Vaccination in Bombay 1874-1876 - 1874-1876
Year: 1874
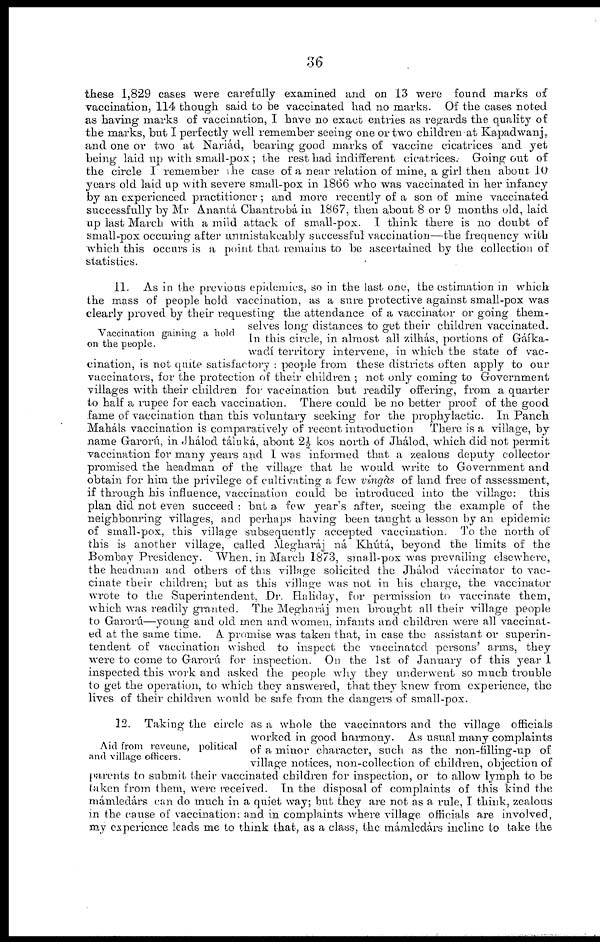
36
these 1,829 cases were carefully examined and on 13 were found marks of
vaccination, 114 though said to be vaccinated had no marks. Of the cases noted
as having marks of vaccination, I have no exact entries as regards the quality of
the marks, but I perfectly well remember seeing one or two children at Kapadwanj,
and one or two at Nariád, bearing good marks of vaccine cicatrices and yet
being laid up with small-pox ; the rest had indifferent cicatrices. Going out of
the circle I remember the case of a near relation of mine, a girl then about 10
years old laid up with severe small-pox in 1866 who was vaccinated in her infancy
by an experienced practitioner ; and more recently of a son of mine vaccinated
successfully by Mr Anantá Chantrobá in 1867, then about 8 or 9 months old, laid
up last March with a mild attack of small-pox. I think there is no doubt of
small-pox occuring after unmistakeably successful vaccination—the frequency with
which this occurs is a point that remains to be ascertained by the collection of
statistics.
Vaccination gaining a bold
on the people.
11. As in the previous epidemics, so in the last one, the estimation in which
the mass of people hold vaccination, as a sure protective against small-pox was
clearly proved by their requesting the attendance of a vaccinator or going them-
selves long distances to get their children vaccinated.
In this circle, in almost all zilhás, portions of Gáíka¬
wadí territory intervene, in which the state of vac-
cination, is not quite satisfactory : people from these districts often apply to our
vaccinators, for the protection of their children ; not only coming to Government
villages with their children for vaccination but readily offering, from a quarter
to half a rupee for each vaccination. There could be no better proof of the good
fame of vaccination than this voluntary seeking for the prophylactic. In Panch
Maháls vaccination is comparatively of recent introduction
There is a village, by
name Garorú, in Jhálod táluká, about 2½ kos north of Jhálod, which did not permit
vaccination for many years and I was informed that a zealous deputy collector
promised the headman of the village that he would write to Government and
obtain for him the privilege of cultivating a few vingàs of land free of assessment,
if through his influence, vaccination could be introduced into the village: this
plan did not even succeed : but a few year's after, seeing the example of the
neighbouring villages, and perhaps having been taught a lesson by an epidemic
of small-pox, this village subsequently accepted vaccination. To the north of
this is another village, called Megharáj ná Khútá, beyond the limits of the
Bombay Presidency. When, in March 1873, small-pox was prevailing elsewhere,
the headman and others of this village solicited the Jhálod váccinator to vac-
cinate their children; but as this village was not in his charge, the vaccinator
wrote to the Superintendent, Dr. Haliday, for permission to vaccinate them,
which was readily granted. The Megharáj men brought all their village people
to Garorú—young and old men and women, infants and children were all vaccinat-
ed at the same time. A promise was taken that, in case the assistant or superin-
tendent of vaccination wished to inspect the vaccinated persons' arms, they
were to come to Garorú for inspection. On the 1st of January of this year 1
inspected this work and asked the people why they underwent so much trouble
to get the operation, to which they answered, that they knew from experience, the
lives of their children would be safe from the dangers of small-pox.
Aid from reveune, political
and village officers.
12. Taking the circle as a whole the vaccinators and the village officials
worked in good harmony. As usual many complaints
of a minor character, such as the non-falling-up of
village notices, non-collection of children, objection of
parents to submit their vaccinated children for inspection, or to allow lymph to be
taken from them, were received. In the disposal of complaints of this kind the
mámledárs can do much in a quiet way; but they are not as a rule, I think, zealous
in the cause of vaccination: and in complaints where village officials are involved,
my experience leads me to think that, as a class, the mámledárs incline to take the